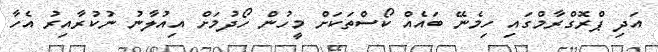
އަދި ޕްރޮގްރާމްގައި ހިމެނޭ ބައެއް ކޯސްތަކަށް މީހުން ހޯދުމަށް އިއުލާނު ނުކުރާއިރު އެހާ